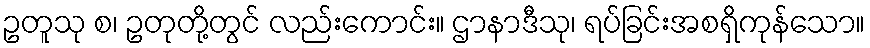
ဥတူသု စ၊ ဥတုတို့တွင် လည်းကောင်း။ ဌာနာဒီသု၊ ရပ်ခြင်းအစရှိကုန်သော။